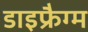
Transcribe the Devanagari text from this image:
डाइफ्रैग्म